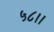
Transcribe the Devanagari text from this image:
५८।।